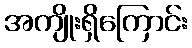
အကျိုးရှိကြောင်း